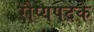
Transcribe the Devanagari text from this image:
रौप्यपदके